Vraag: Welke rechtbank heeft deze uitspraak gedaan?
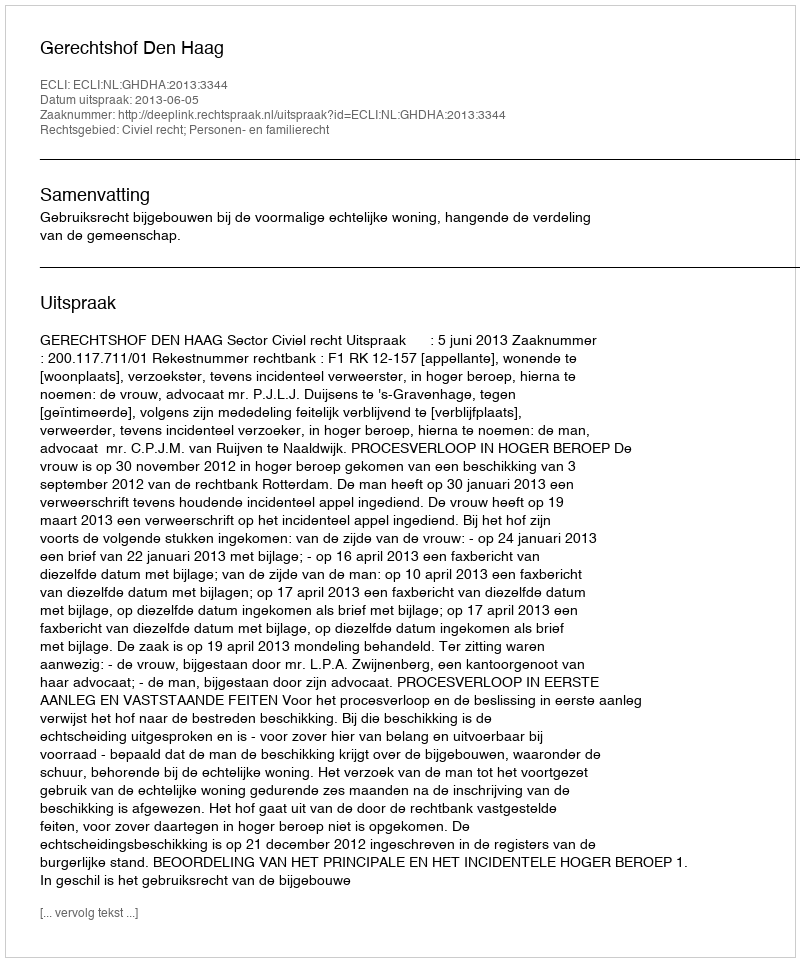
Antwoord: Gerechtshof Den Haag